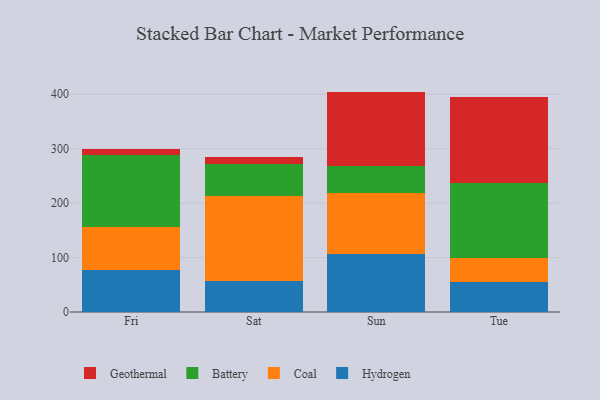
{"axis": {"x": "Day", "y": "Backlog"}, "legend": ["Battery", "Coal", "Geothermal", "Hydrogen"], "data": [{"x": "Fri", "y": 77.4, "type": "Hydrogen"}, {"x": "Fri", "y": 79.3, "type": "Coal"}, {"x": "Fri", "y": 131.7, "type": "Battery"}, {"x": "Fri", "y": 10.3, "type": "Geothermal"}, {"x": "Sat", "y": 56.4, "type": "Hydrogen"}, {"x": "Sat", "y": 156.8, "type": "Coal"}, {"x": "Sat", "y": 58.4, "type": "Battery"}, {"x": "Sat", "y": 12.7, "type": "Geothermal"}, {"x": "Sun", "y": 107.4, "type": "Hydrogen"}, {"x": "Sun", "y": 110.8, "type": "Coal"}, {"x": "Sun", "y": 49.9, "type": "Battery"}, {"x": "Sun", "y": 136.8, "type": "Geothermal"}, {"x": "Tue", "y": 54.7, "type": "Hydrogen"}, {"x": "Tue", "y": 45.4, "type": "Coal"}, {"x": "Tue", "y": 137.4, "type": "Battery"}, {"x": "Tue", "y": 158.4, "type": "Geothermal"}]}